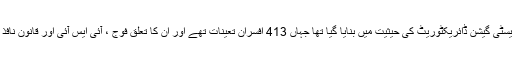
ظاہری طور پر یہ ادارہ جوائنٹ ایویسٹی گیشن ڈائریکٹوریٹ کی حیثیت میں بنایا گیا تھا جہاں 413 افسران تعینات تھے اور ان کا تعلق فوج ، آئی ایس آئی اور قانون نافذ کرنے والے دیگر اداروں سے تھا ۔